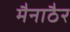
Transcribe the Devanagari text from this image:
मैनाठैर